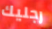
رجليك